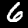
Label: 6